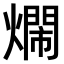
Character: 𤐛